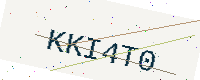
Text: KKI4T0